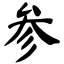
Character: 参